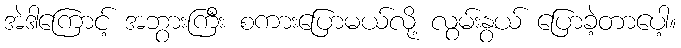
အဲဒါကြောင့် အဘွားကြီး စကားပြောမယ်လို့ လွမ်းနွယ် ပြောခဲ့တာပေါ့။